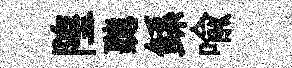
隍聽鲧喩